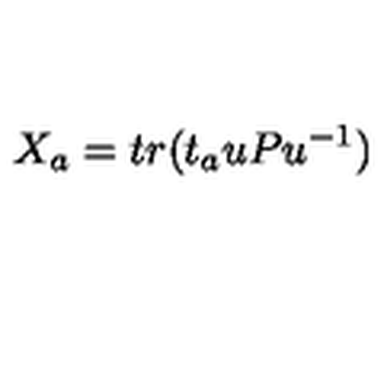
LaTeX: X _ { a } = t r ( t _ { a } u P u ^ { - 1 } )